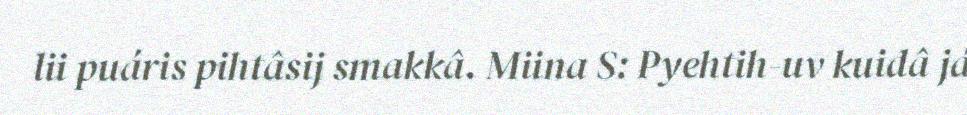
lii puáris pihtâsij smakkâ. Miina S: Pyehtih-uv kuidâ já